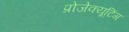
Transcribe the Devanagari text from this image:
प्रोजेक्यूटिंग